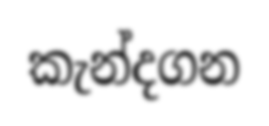
කැන්දගන